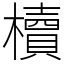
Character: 櫝